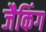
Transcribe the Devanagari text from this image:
जैकिंग